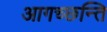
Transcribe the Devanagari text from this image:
आगच्छन्ति